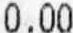
0.00